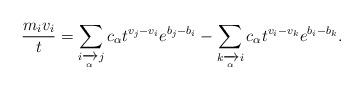
LaTeX: \begin{align*}\frac{m_iv_i}{t}=\sum_{i\xrightarrow[\alpha]{}j}c_\alpha t^{v_j-v_i}e^{b_j-b_i}-\sum_{k\xrightarrow[\alpha]{}i}c_\alpha t^{v_i-v_k}e^{b_i-b_k}.\end{align*}